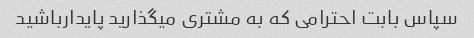
سپاس بابت احترامی که به مشتری میگذارید پایدارباشید